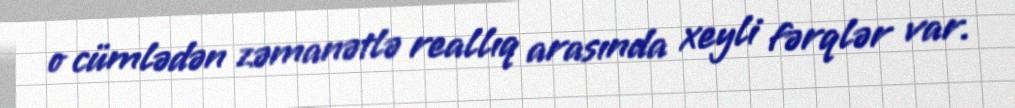
o cümlədən zəmanətlə reallıq arasında xeyli fərqlər var.